Scottish Leaving Certificate Examination, 1951
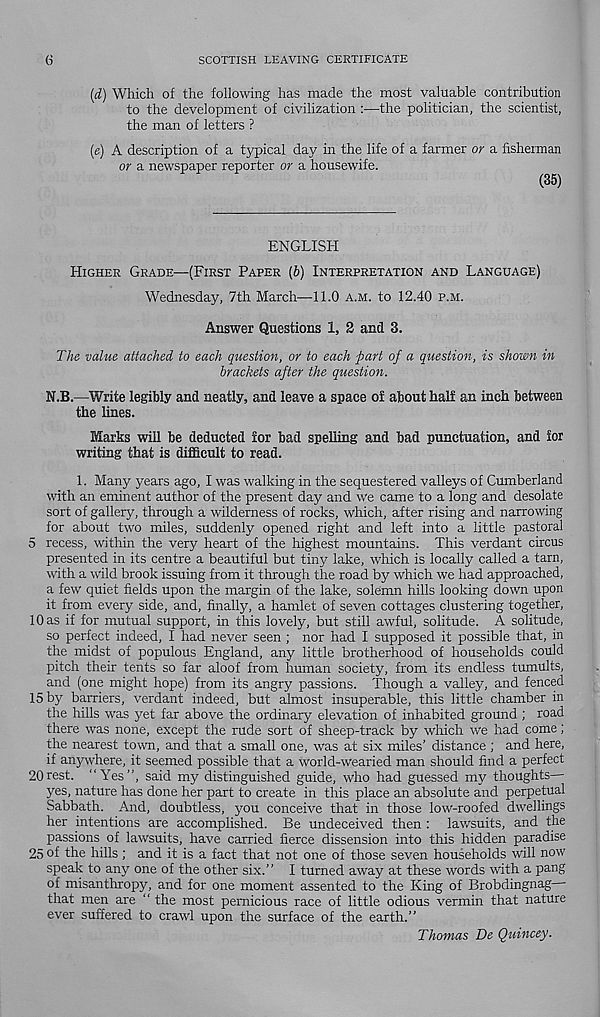
6
SCOTTISH LEAVING CERTIFICATE
[d) Which of the following has made the most valuable contribution
to the development of civilization :—the politician, the scientist,
the man of letters ?
(e) A description of a typical day in the life of a farmer or a fisherman
or a newspaper reporter or a housewife.
(35)
ENGLISH
HIGHER GRADE—(FIRST PAPER (5) INTERPRETATION AND LANGUAGE)
Wednesday, 7th March—11.0 A.M. to 12.40 P.M.
Answer Questions 1, 2 and 3.
The value attached to each question, or to each part of a question, is shown in
brackets after the question.
N.B.—Write legibly and neatly, and leave a space of about half an inch between
the lines.
Marks will be deducted for bad spelling and bad punctuation, and for
writing that is difficult to read.
1. Many years ago, I was walking in the sequestered valleys of Cumberland
with an eminent author of the present day and we came to a long and desolate
sort of gallery, through a wilderness of rocks, which, after rising and narrowing
for about two miles, suddenly opened right and left into a little pastoral
5 recess, within the very heart of the highest mountains. This verdant circus
presented in its centre a beautiful but tiny lake, which is locally called a tarn,
with a wild brook issuing from it through the road by which we had approached,
a few quiet fields upon the margin of the lake, solemn hills looking down upon
it from every side, and, finally, a hamlet of seven cottages clustering together,
10 as if for mutual support, in this lovely, but still awful, solitude. A solitude,
so perfect indeed, I had never seen ; nor had I supposed it possible that, in
the midst of populous England, any little brotherhood of households could
pitch their tents so far aloof from human society, from its endless tumults,
and (one might hope) from its angry passions. Though a valley, and fenced
15 by barriers, verdant indeed, but almost insuperable, this little chamber in
the hills -was yet far above tire ordinary elevation of inhabited ground ; road
there was none, except the rude sort of sheep-track by which u'e had come;
the nearest town, and that a small one, was at six miles' distance ; and here,
if anywhere, it seemed possible that a world-wearied man should find a perfect
20rest. “Yes”, said my distinguished guide, who had guessed my thoughts—
yes, nature has done her part to create in this place an absolute and perpetual
Sabbath. And, doubtless, you conceive that in those low-roofed dwellings
her intentions are accomplished. Be undeceived then : lawsuits, and the
passions of lawsuits, have carried fierce dissension into this hidden paradise
25 of the hills; and it is a fact that not one of those seven households will now
speak to any one of the other six.” I turned away at these words with a pang
of misanthropy, and for one moment assented to the King of Brobdingnag—
that men are “ the most pernicious race of little odious vermin that nature
ever suffered to crawl upon the surface of the earth.”
Thomas De Quincey.